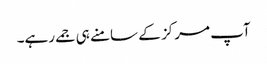
آپ مرکز کے سامنے ہی جمے رہے۔